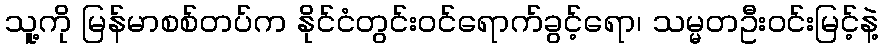
သူ့ကို မြန်မာစစ်တပ်က နိုင်ငံတွင်းဝင်ရောက်ခွင့်ရော၊ သမ္မတဦးဝင်းမြင့်နဲ့